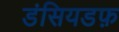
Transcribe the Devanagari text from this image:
डंसियडफ़